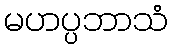
မဟပ္ပဘာသံ